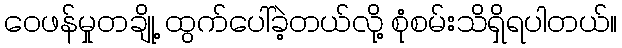
ဝေဖန်မှုတချို့ ထွက်ပေါ်ခဲ့တယ်လို့ စုံစမ်းသိရှိရပါတယ်။